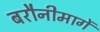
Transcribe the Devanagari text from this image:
बरौनीमार्गे